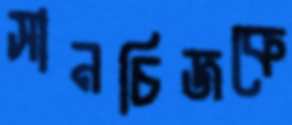
সানচিজকে